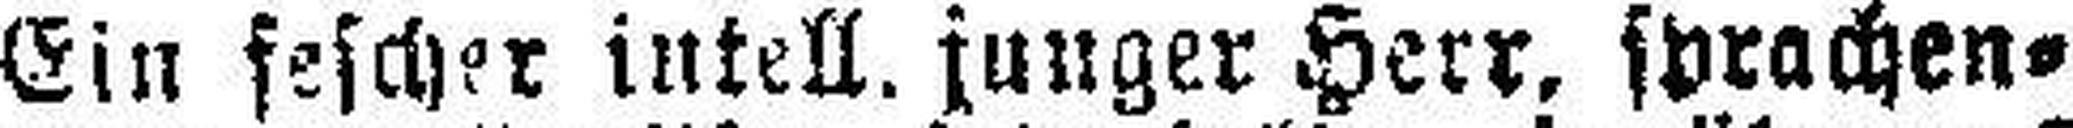
Ein fescher intell. junger Herr, sprachen¬